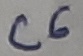
Text: C6